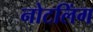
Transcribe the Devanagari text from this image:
नोटलिंग